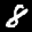
Label: 8